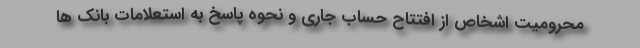
محرومیت اشخاص از افتتاح حساب جاری و نحوه پاسخ به استعلامات بانک ها